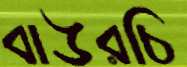
বাউরচি